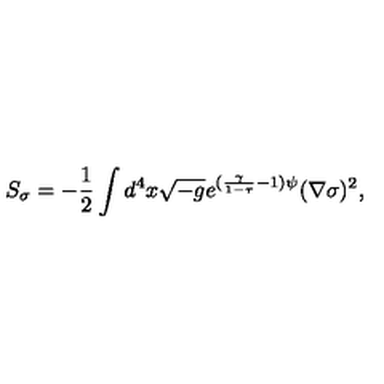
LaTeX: S _ { \sigma } = - \frac { 1 } { 2 } \int d ^ { 4 } x \sqrt { - g } e ^ { ( \frac { \gamma } { 1 - \tau } - 1 ) \psi } ( \nabla \sigma ) ^ { 2 } ,